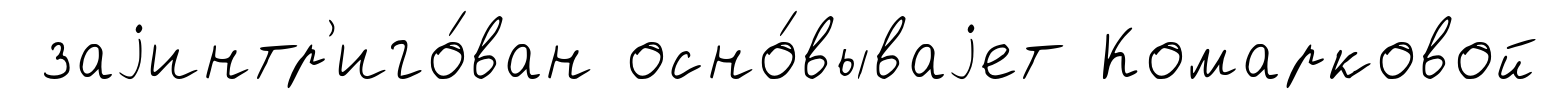
заjинтр'иго́ван осно́вываjет Комарковой